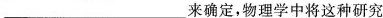
___来确定，物理学中将这种研究